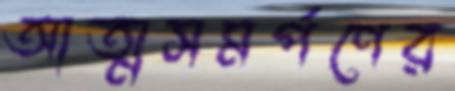
আত্মসমর্পণের